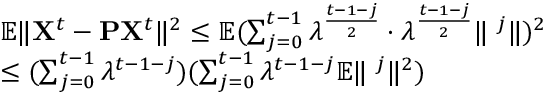
\begin{array} { r l } & { \mathbb { E } \| { \bf X } ^ { t } - { \bf P } { \bf X } ^ { t } \| ^ { 2 } \leq \mathbb { E } ( \sum _ { j = 0 } ^ { t - 1 } \lambda ^ { \frac { t - 1 - j } { 2 } } \cdot \lambda ^ { \frac { t - 1 - j } { 2 } } \| { \bf \zeta } ^ { j } \| ) ^ { 2 } } \\ & { \leq ( \sum _ { j = 0 } ^ { t - 1 } \lambda ^ { t - 1 - j } ) ( \sum _ { j = 0 } ^ { t - 1 } \lambda ^ { t - 1 - j } \mathbb { E } \| { \bf \zeta } ^ { j } \| ^ { 2 } ) } \end{array}